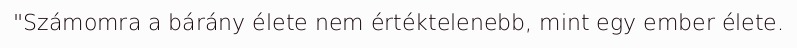
"Számomra a bárány élete nem értéktelenebb, mint egy ember élete.